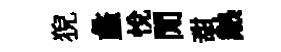
猊蠡悦閒甜熱